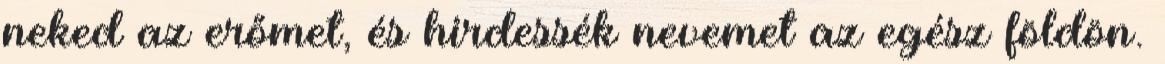
neked az erőmet, és hirdessék nevemet az egész földön.